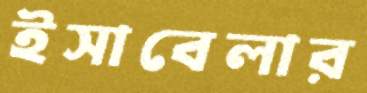
ইসাবেলার